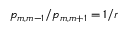
p _ { m , m - 1 } / p _ { m , m + 1 } = 1 / r